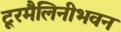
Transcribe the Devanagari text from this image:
टूरमैलिनीभवन